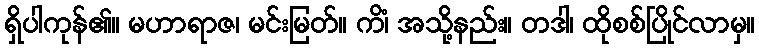
ရှိပါကုန်၏။ မဟာရာဇ၊ မင်းမြတ်။ ကိံ၊ အသို့နည်း။ တဒါ၊ ထိုစစ်ပြိုင်လာမှ။